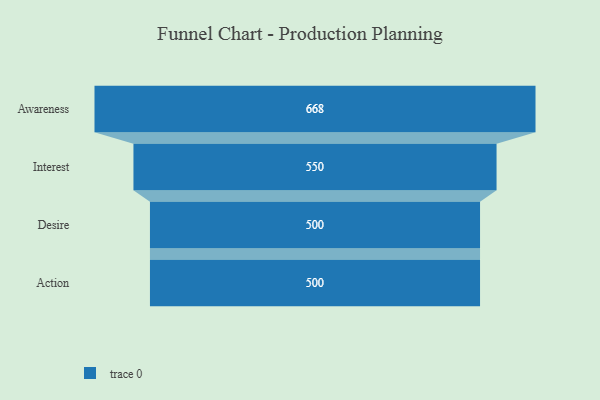
{"axis": {"x": "Stage", "y": "Value"}, "legend": [""], "data": [{"x": "Awareness", "y": 668.0, "type": ""}, {"x": "Interest", "y": 550.0, "type": ""}, {"x": "Desire", "y": 500, "type": ""}, {"x": "Action", "y": 500, "type": ""}]}